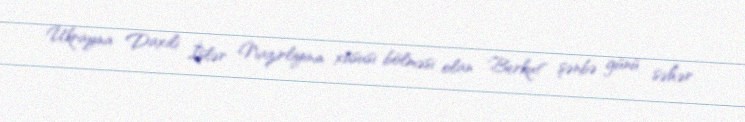
Ukrayna Daxili İşlər Nazirliyinin xüsusi bölməsi olan "Berkut" şənbə günü səhər